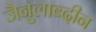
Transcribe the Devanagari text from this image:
जैनुलाब्दीन